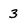
Character: 3